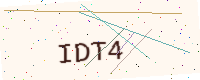
Text: IDT4